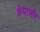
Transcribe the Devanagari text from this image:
शेयरऔर